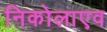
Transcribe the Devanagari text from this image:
निकोलाएव